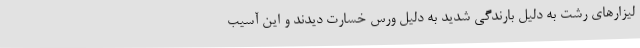
لیزارهای رشت به دلیل بارندگی شدید به دلیل ورس خسارت دیدند و این آسیب